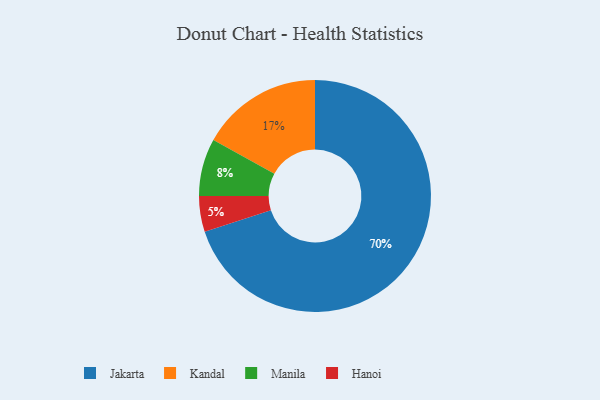
{"axis": {"x": "Category", "y": "Percentage"}, "legend": ["Hanoi", "Jakarta", "Kandal", "Manila"], "data": [{"x": "Manila", "y": 8, "type": "Manila"}, {"x": "Kandal", "y": 17, "type": "Kandal"}, {"x": "Hanoi", "y": 5, "type": "Hanoi"}, {"x": "Jakarta", "y": 70, "type": "Jakarta"}]}